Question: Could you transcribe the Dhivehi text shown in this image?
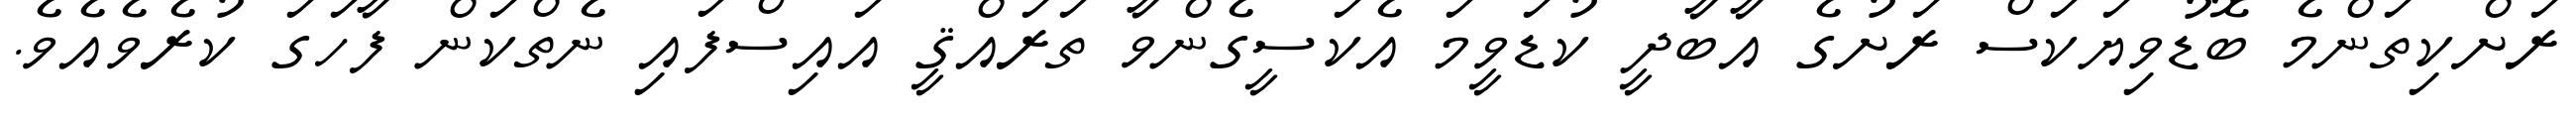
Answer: ރަށްކިތަންމެ ބޮޑުވިޔަކަސް ރަށުގެ އާބާދީ ކުޑަވީމަ އެކަސީގެންވާ ތަރައްޤީ އައިސްފައި ނެތްކަން ފާހަގަ ކުރެވެއެވެ.